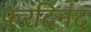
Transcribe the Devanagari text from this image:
फरदिनंद